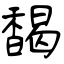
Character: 馤